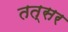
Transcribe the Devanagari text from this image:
तत्सर